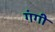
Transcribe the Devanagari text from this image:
गंगी